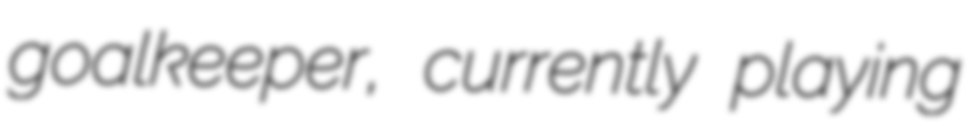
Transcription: goalkeeper, currently playing